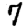
Digit: 7